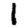
Digit: 1